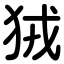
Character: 狨